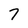
Character: 7